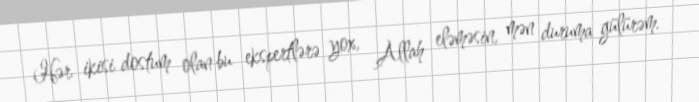
Hər ikisi dostum olan bu ekspertlərə yox, Allah eləməsin, mən duruma gülürəm.